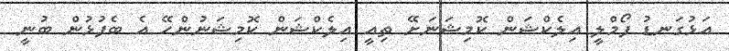
އަޅުގަނޑު ފޯމްލީ އިލެކްޝަން ކޮމިޝަނަށޭ ތިއީ އިލެކްޝަން ކޮމިޝަނުންހޭ އެ ބެފުޅުން ބުނީ